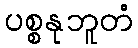
ပစ္စနုဘူတံ